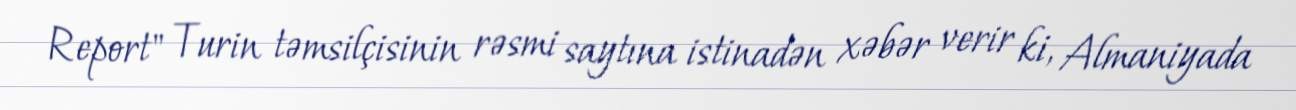
Report" Turin təmsilçisinin rəsmi saytına istinadən xəbər verir ki, Almaniyada